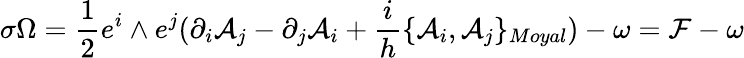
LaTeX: \sigma\Omega=\frac{1}{2}e^{i}\wedge e^{j}(\partial_{i}{\cal{A}}_{j}-\partial_{j}{\cal{A}}_{i}+\frac{i}{h}\{ {\cal{A}}_{i},{\cal{A}}_{j}\} _{Moyal})-\omega={\cal{F}}-\omega